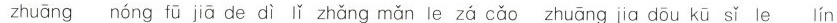
zhuāng nóng fū jiā de dì lǐ zhǎng mǎn le zá cǎo zhuāng jia dōu kū sǐ le lín